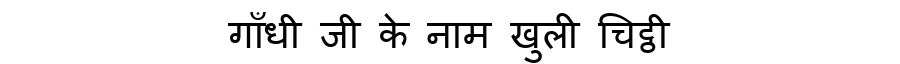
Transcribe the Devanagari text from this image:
गाँधी जी के नाम खुली चिट्ठी